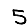
Digit: 5